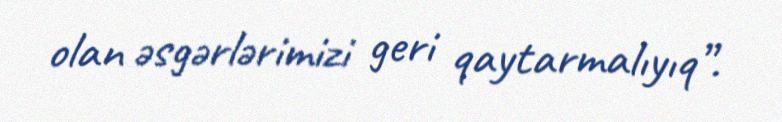
olan əsgərlərimizi geri qaytarmalıyıq”.